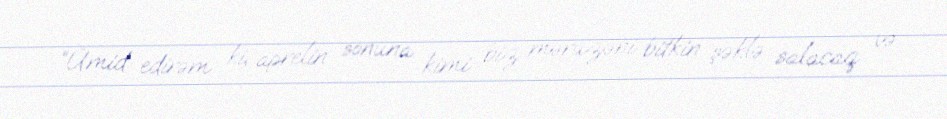
“Ümid edirəm ki, aprelin sonuna kimi biz məruzəni bitkin şəklə salacaq və